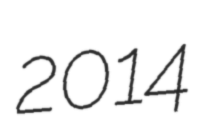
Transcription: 2014